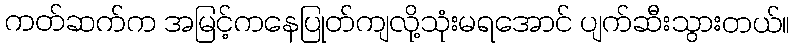
ကတ်ဆက်က အမြင့်ကနေပြုတ်ကျလို့သုံးမရအောင် ပျက်ဆီးသွားတယ်။